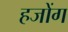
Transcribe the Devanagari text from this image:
हजोंग